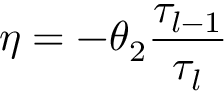
\eta = - \theta _ { 2 } { \frac { \tau _ { l - 1 } } { \tau _ { l } } }